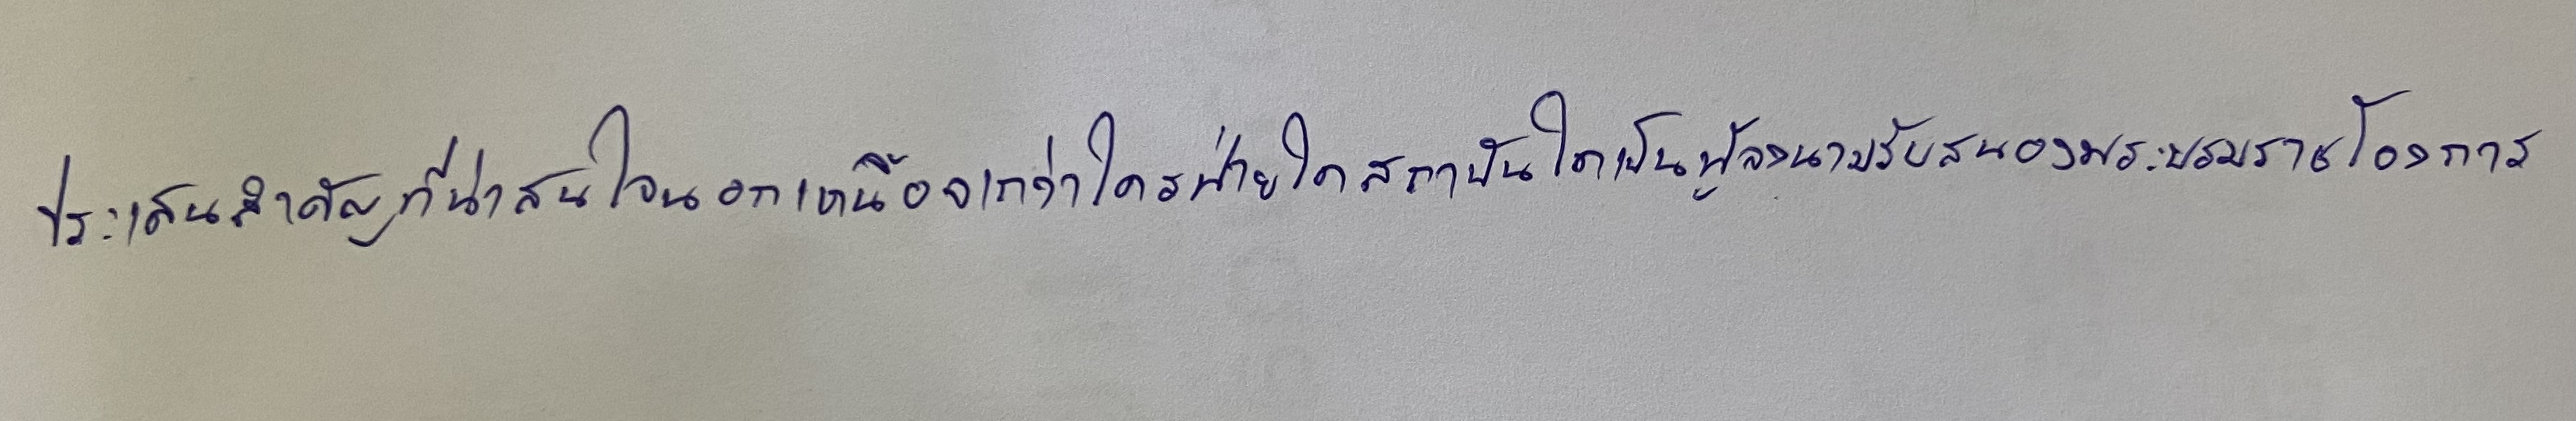
ประเด็นสำคัญที่น่าสนใจนอกเหนือจากว่าใครฝ่ายใดสถาบันใดเป็นผู้ลงนามรับสนองพระบรมราชโองการ